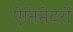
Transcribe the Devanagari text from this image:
ऐनिमेटरों